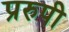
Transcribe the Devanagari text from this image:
प्ररुपी